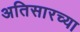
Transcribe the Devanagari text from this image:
अतिसारच्या